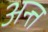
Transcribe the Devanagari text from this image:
अन्त्त